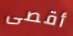
أقصى